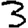
Digit: 3